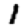
Digit: 1